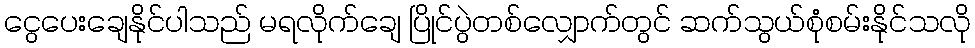
ငွေပေးချေနိုင်ပါသည် မရလိုက်ချေ ပြိုင်ပွဲတစ်လျှောက်တွင် ဆက်သွယ်စုံစမ်းနိုင်သလို